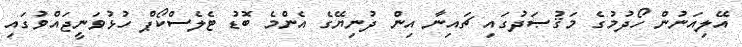
އޭލިއަނުން ހޯދުމުގެ މަޤުޞަދުގައި ޗައިނާ އިން ދުނިޔޭގެ އެންމެ ބޮޑު ޓެލެސްކޯޕް ހުޅުވަނީޖައްވުގައި